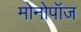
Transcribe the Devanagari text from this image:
मोनोपॉज